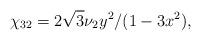
LaTeX: \begin{align*}\chi_{32} = 2\sqrt{3} \nu_2 y^2/(1- 3 x^2),\end{align*}